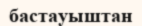
бастауыштан